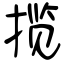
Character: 揽